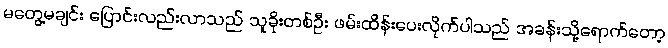
မတွေ့မချင်း ပြောင်းလည်းလာသည် သူခိုးတစ်ဦး ဖမ်းထိန်းပေးလိုက်ပါသည် အခန်းသို့ရောက်တော့